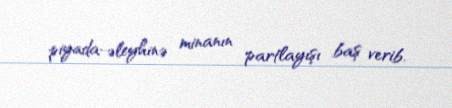
piyada-əleyhinə minanın partlayışı baş verib.